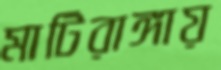
মাটিরাঙ্গায়